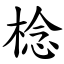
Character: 棯